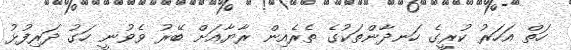
ހަތް އަހަރު ކުރީގެ ހަނދާންތަކުގެ ތެރެއިން ރާޔާއަށް ބޭރު ވެވުނީ ހަގު ދަރިފުޅު